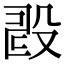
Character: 𣪐